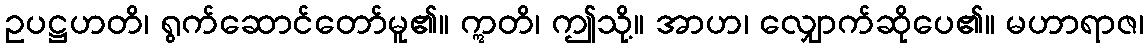
ဥပဋ္ဌဟတိ၊ ရွက်ဆောင်တော်မူ၏။ ဣတိ၊ ဤသို့။ အာဟ၊ လျှောက်ဆိုပေ၏။ မဟာရာဇ၊